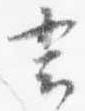
言